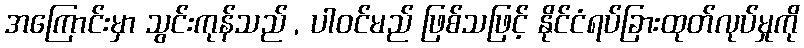
အကြောင်းမှာ သွင်းကုန်သည် , ပါဝင်မည် ဖြစ်သဖြင့် နိုင်ငံရပ်ခြားထုတ်လုပ်မှုကို